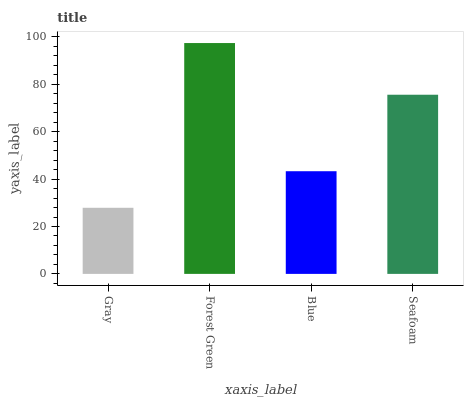
| xaxis_label | bars |
 | --- | --- |
 | Gray | 27.9 |
 | Forest Green | 97.4 |
 | Blue | 43.3 |
 | Seafoam | 75.6 |